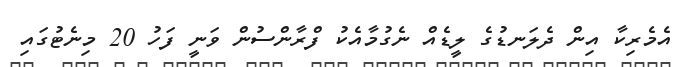
އެމެރިކާ އިން ދެލަނޑުގެ ލީޑެއް ނެގުމާއެކު ފްރާންސުން ވަނީ ފަހު 20 މިނެޓުގައި